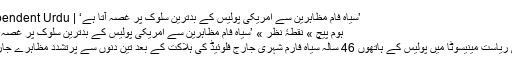
’سیاہ فام مظاہرین سے امریکی پولیس کے بدترین سلوک پر غصہ آتا ہے‘ | Independent Urdu
ہوم پیچ » نقطۂ نظر » ’سیاہ فام مظاہرین سے امریکی پولیس کے بدترین سلوک پر غصہ آتا ہے‘
امریکی ریاست مینیسوٹا میں پولیس کے ہاتھوں 46 سالہ سیاہ فارم شہری جارج فلوئیڈ کی ہلاکت کے بعد تین دنوں سے پرتشدد مظاہرے جاری ہیں۔